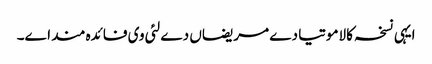
ایہی نسخہ کالاموتیا دے مریضاں دے لئی وی فائدہ مند ا‏‏ے۔